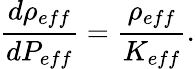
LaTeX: {\frac{d\rho_{eff}}{dP_{eff}}}={\frac{\rho_{eff}}{K_{eff}}}.